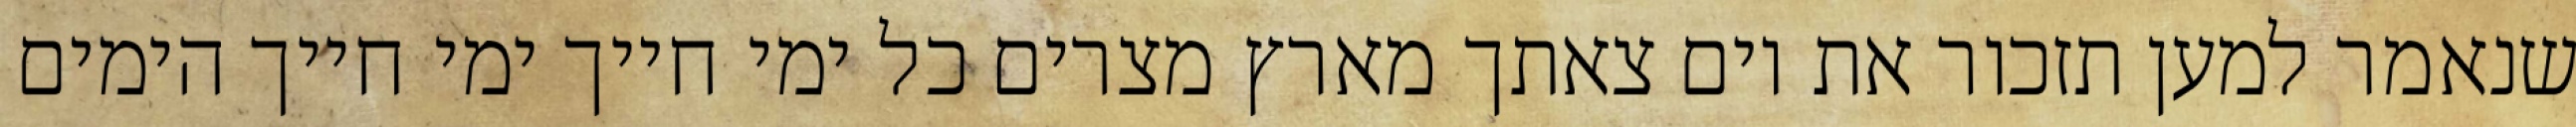
שנאמר למען תזכור את יום צאתך מארץ מצרים כל ימי חייך ימי חייך הימים